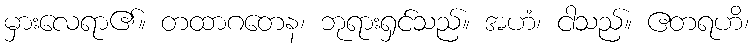
မှားလေရာ၏။ တထာဂတေန၊ ဘုရားရှင်သည်။ အဟံ၊ ငါသည်။ ဧတရဟိ၊